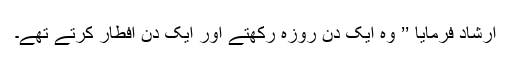
ارشاد فرمایا ’’ وہ ایک دن روزہ رکھتے اور ایک دن افطار کرتے تھے۔